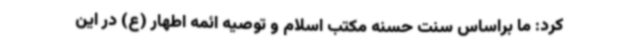
کرد: ما براساس سنت حسنه مکتب اسلام و توصیه ائمه اطهار (ع) در این